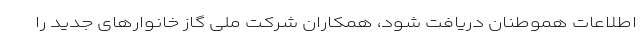
اطلاعات هموطنان دریافت شود، همکاران شرکت ملی گاز خانوارهای جدید را